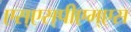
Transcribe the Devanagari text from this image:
एस्‌एस्‌पीएम्‌एस